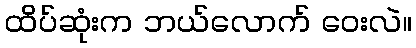
ထိပ်ဆုံးက ဘယ်လောက် ဝေးလဲ။